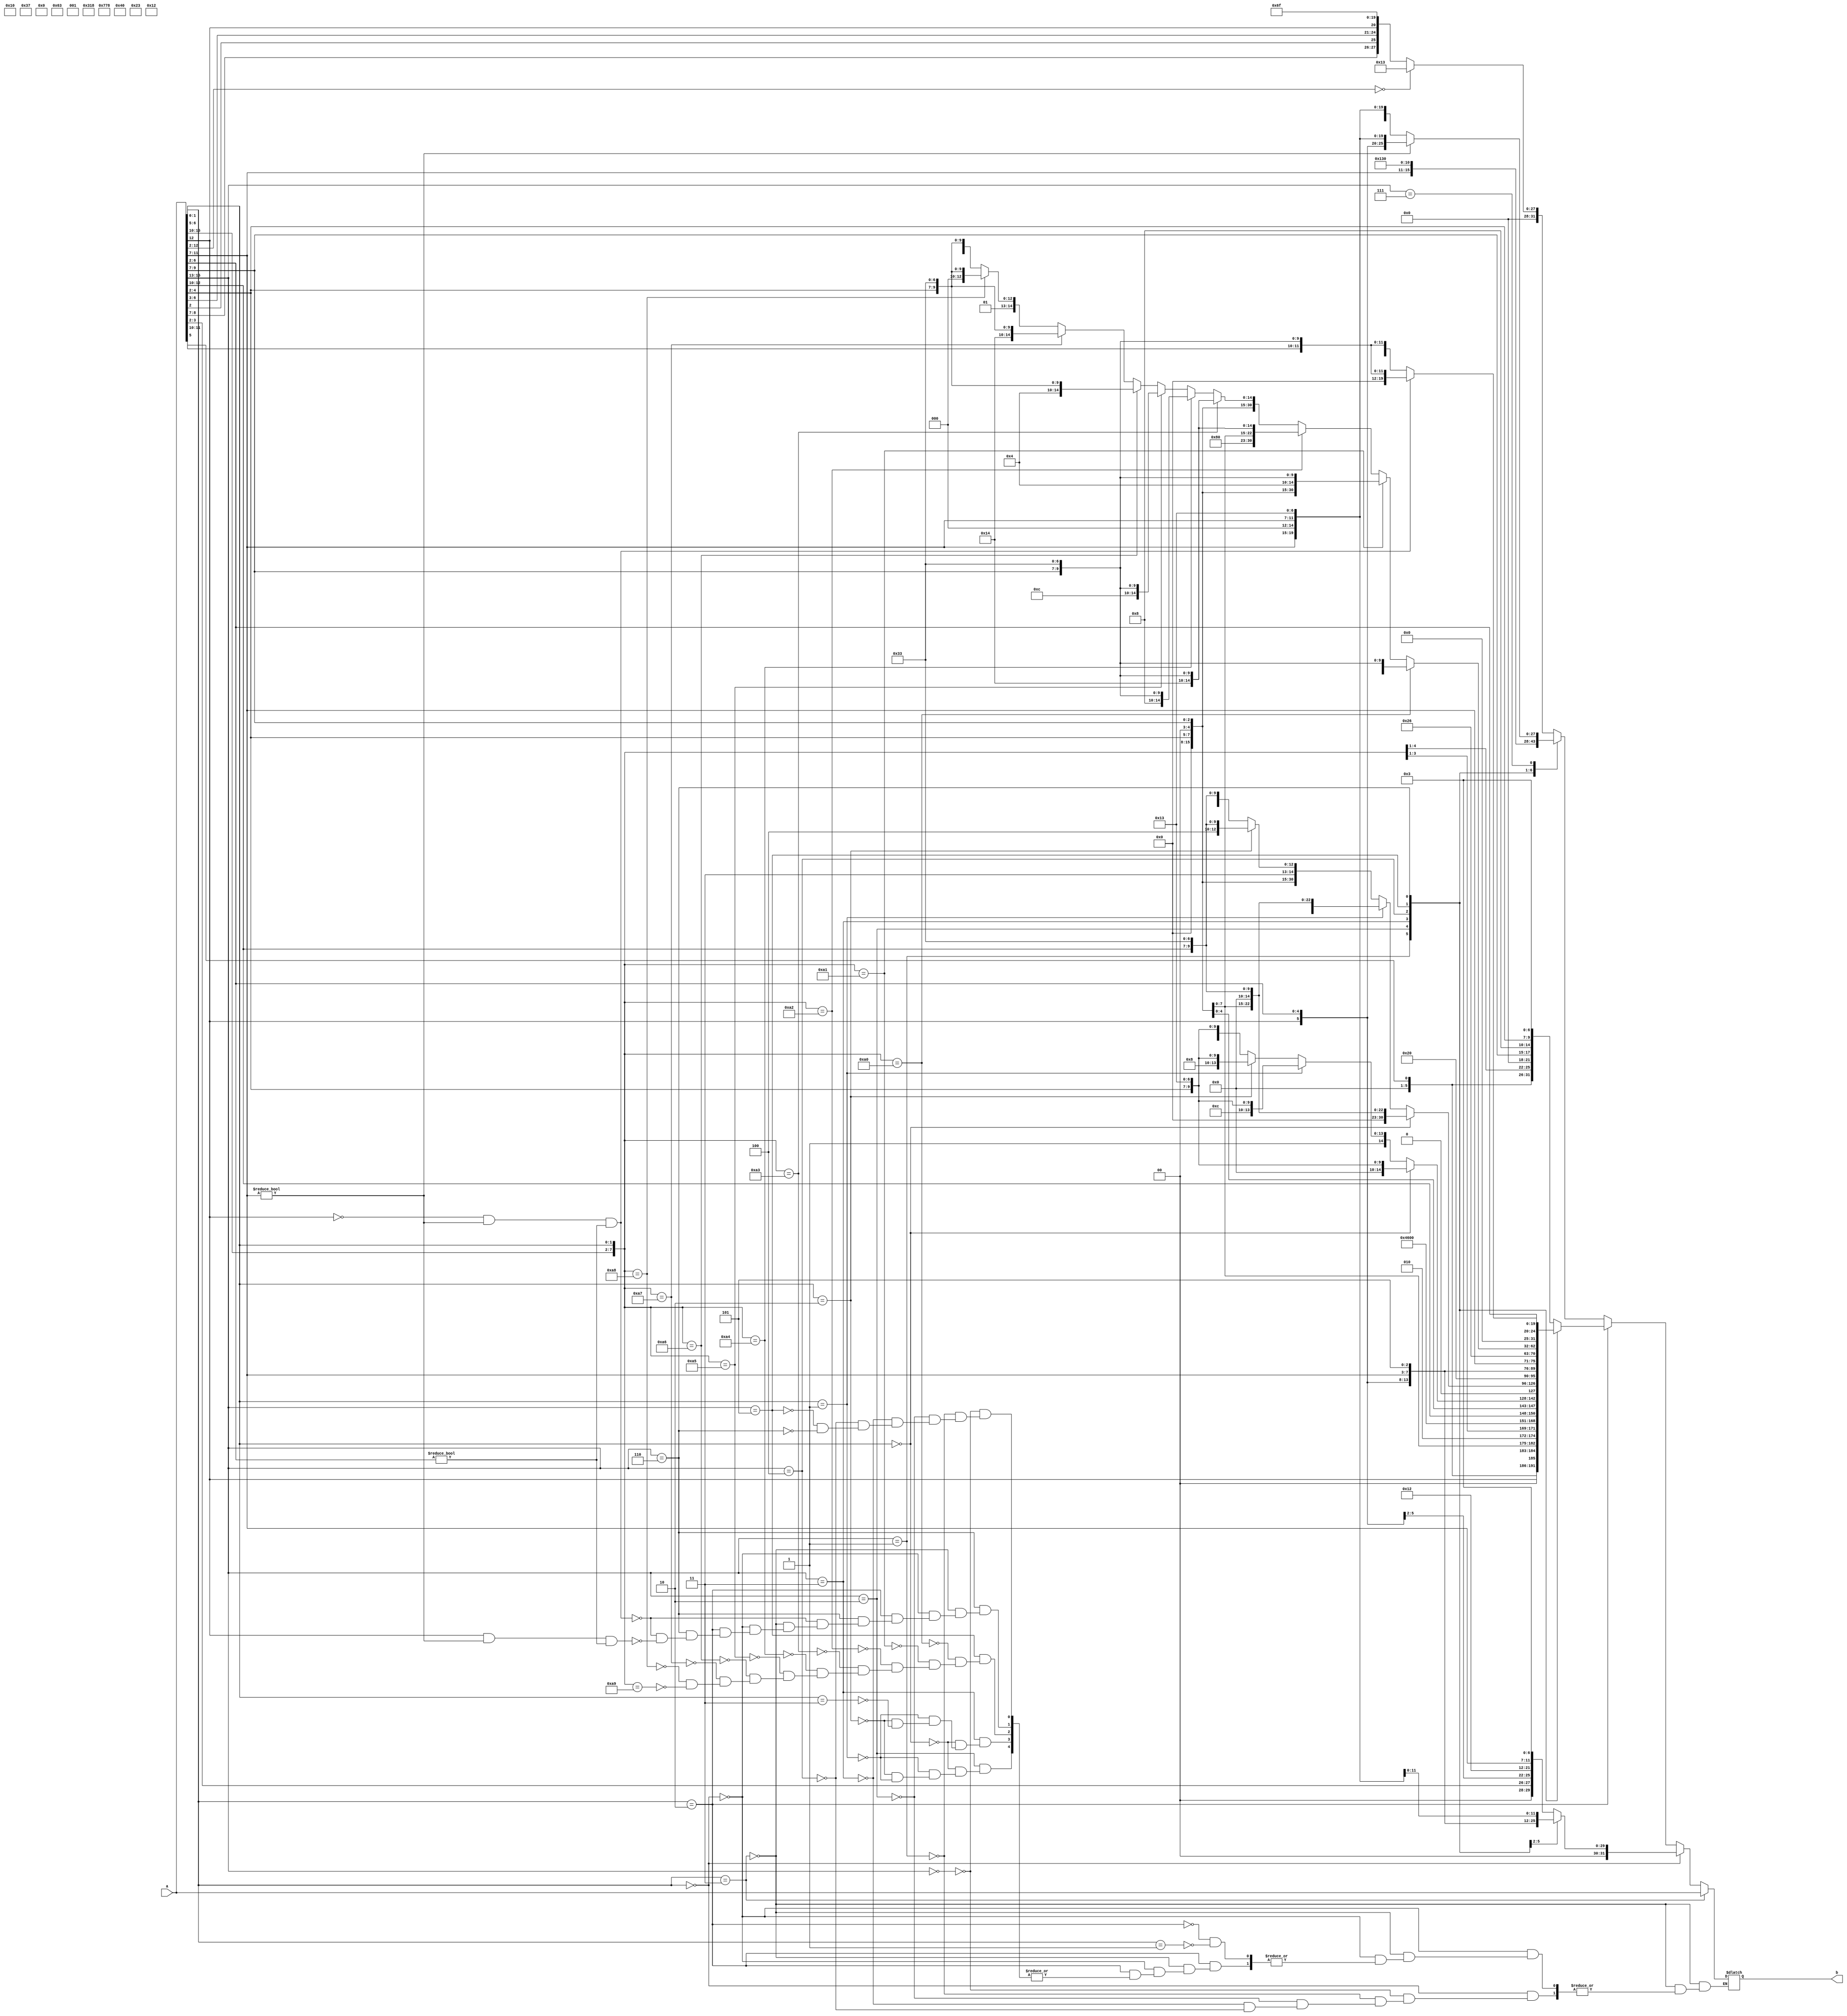

module decoder ( a , b );
input [31:0] a; 
output [31:0] b ; 
wire [31:0]a ; 
reg [31:0]b ; 

always @( a ) 
begin 
if ( a[1:0] == 2'b11 ) 
     b <= a ; 
 
 else    if ( a[1:0]==2'b00)
         
        case (a[15:13]) 
                             // [         imm[11:0]         ]     [rs1] [funct3][ rd  ] [ opcode ]
            3'b000 : b[31:0]<= {4'd0,a[3:2],a[12],a[6:4],2'd0 ,5'b00010 ,3'b010,a[11:7], 7'b0000011}       ; // C.LWSP -> lw rd, offset[7:2](x2)
                             // [  imm[11:5]    ] [rs2] [   rs1  ][funct3][ imm[4:0]  ] [ opcode ]
            3'b001 : b[31:0]<= {4'd0,a[8:7],a[12],a[6:2],5'b00010 ,3'b010,a[11:9],2'd0, 7'b0100011}  ; // C.SWSP -> sw rs2, offset[7:2](x2)
                             // [             imm[11:0]             ][ rs1  ] [funct3] [   rd    ]  [ opcode ]
            3'b010 : b[31:0]<= {4'd0,a[10:7],a[12:11],a[5],a[6],2'b0,5'b00010 ,3'b000,2'b0,a[4:2], 7'b0010011}   ; // C.ADDI4SPN -> addi rd0, x2, zimm[9:2]
                             // [   imm[11:0]   ] [ rs1 ][funct3][ rd ]  [ opcode ]
            3'b011 : b[31:0]<= {6'd0,a[12],a[6:2],a[11:7],3'b001,a[11:7], 7'b0010011}   ; // C.SLLI ->  slli rd, rd, shamt[5:0]
                             // [   0000000 shamt      ][ rs1  ][funct3][  rd ] [ opcode ]
            3'b100 : b[31:0]<= {7'd0,a[12],a[6:2]      ,a[11:7] ,3'b101,a[11:7], 7'b0010011}       ; // 
       
            endcase
        
 else if( a[1:0]==2'b10) 
           
        case (a[15:13])
                             // [         imm[11:0]         ] [    rs1     ][funct3][     rd    ] [ opcode ]
            3'b000 : b[31:0]<= {5'd0,a[5],a[12:10],a[6],2'd0   ,2'b00,a[9:7],3'b010,2'b00,a[4:2], 7'b0000011}       ; // C.LW -> lw rd0, offset[6:2](rs10)
                             // [   imm[11:5]        ][    rs2     ][   rs1   ][funct3][     imm[4:0]    ][ opcode ]
            3'b001 : b[31:0]<= {5'd0,a[5],a[12]        ,2'd0,a[4:2],2'd0,a[9:7],3'b010,a[11:10],a[6],2'b0,7'b0100011}  ; // C.SW -> sw rs20, offset[6:2](rs10)                  
            3'b010 : begin 
                     if (a[6:5]==2'b00)
                            // [  imm[11:]   ][   rs1   ][funct3][   rd    ][ opcode ]
                     b[31:0]<= {9'd0,a[12:10],2'd0,a[9:7],3'b000,2'b0,a[4:2], 7'b0010011}   ; // C.ADDIN -> addi rd0, rs10, nzimm[2:0]
                     else if (a[6:5]==2'b01)
                            // [  imm[11:]   ][   rs1   ][funct3][   rd    ][ opcode ]
                     b[31:0]<= {9'd0,a[12:10],2'd0,a[9:7],3'b111,2'b0,a[4:2], 7'b0010011}   ; // C.ANDIN -> andi rd0, rs10, nzimm[2:0]
                     else if (a[6:5]==2'b10)
                            // [  imm[11:]   ][   rs1   ][funct3][   rd    ][ opcode ]
                     b[31:0]<= {9'd0,a[12:10],2'd0,a[9:7],3'b110,2'b0,a[4:2], 7'b0010011}   ; // C.ORIN -> ori rd0, rs10, nzimm[2:0]
                     else if (a[6:5]==2'b01)
                            // [  imm[11:]   ][   rs1   ][funct3][   rd    ][ opcode ]
                     b[31:0]<= {9'd0,a[12:10],2'd0,a[9:7],3'b100,2'b0,a[4:2], 7'b0010011}   ; // C.XORIN -> xori rd0, rs10, nzimm[2:0]
                     
                    end 
            3'b011:  begin
                     if (a[6:5]==2'b00)
                            //  [  funct7 ][   rs2   ][    rs1   ][funct3][   rd      ][ opcode ]
                     b[31:0]<= {7'd0      ,2'd0,a[4:2],2'd0,a[9:7],3'b000,2'b0,a[12:10], 7'b0110011}   ; // C.ADD3 -> add rd0, rs10, rs20
                     else if (a[6:5]==2'b01)
                            // [  funct7  ][   rs2   ][    rs1   ][funct3][   rd      ][ opcode ]
                     b[31:0]<= {7'b0100000,2'd0,a[4:2],2'd0,a[9:7],3'b000,2'b0,a[12:10], 7'b0110011}   ; // C.SUB3 -> sub rd0, rs10, rs20
                     else if (a[6:5]==2'b10)
                            // [  funct7  ][   rs2   ][    rs1   ][funct3][   rd      ][ opcode ]
                     b[31:0]<= {7'd0      ,2'd0,a[4:2],2'd0,a[9:7],3'b111,2'b0,a[12:10], 7'b0110011}   ; // C.AND3 -> and rd0, rs10, rs20
                     else if (a[6:5]==2'b11)
                            // [  funct7  ][   rs2   ][    rs1   ][funct3][   rd      ][ opcode ]
                     b[31:0]<= {7'd0      ,2'd0,a[4:2],2'd0,a[9:7],3'b110,2'b0,a[12:10], 7'b0110011}   ; // C.OR3 -> or rd0, rs10, rs20
                     
                    end  
                     // [   0000000 shamt      ][ rs1  ][funct3][  rd ] [ opcode ]
            3'b100 : b[31:0]<= {2'b01,5'd0,a[12],a[6:2],a[11:7] ,3'b101,a[11:7], 7'b0010011}       ; // C.CSRAI -> srai rd, rd, shamt[5:0]      
            3'b101 : begin
                                                    //[7'd0000  ][  rs2  ][    rs1   ]  [funct3] [  rd   ][  opcode  ]
            if({a[15:10],a[6:5]}==8'b10100000)         b[31:0]<= {7'd0      ,2'd0,a[4:2],2'd0,a[9:7],3'b100,2'd0,a[9:7], 7'b0110011}  ; // C.XOR -> xor rd0, rd0, rs20
            else  if({a[15:10],a[6:5]}==8'b10100001)   b[31:0]<= {7'd0      ,2'd0,a[4:2],2'd0,a[9:7],3'b001,2'd0,a[9:7], 7'b0110011}  ; // C.SLL -> sll rd0, rd0, rs20
            else  if({a[15:10],a[6:5]}==8'b10100010)   b[31:0]<= {2'b01,5'd0,2'd0,a[4:2],2'd0,a[9:7],3'b101,2'd0,a[9:7], 7'b0110011}  ; // C.SRL -> srl rd0, rd0, rs20
            else  if({a[15:10],a[6:5]}==8'b10100011)   b[31:0]<= {7'd0      ,2'd0,a[4:2],2'd0,a[9:7],3'b101,2'd0,a[9:7], 7'b0110011}  ; // C.SRA -> sra rd0, rd0, rs20
            else  if({a[15:10],a[6:5]}==8'b10100100)   b[31:0]<= {7'd0      ,2'd0,a[4:2],2'd0,a[9:7],3'b010,2'd0,a[9:7], 7'b0110011}  ; // C.SLT -> slt rd0, rd0, rs20
            else  if({a[15:10],a[6:5]}==8'b10100101)   b[31:0]<= {7'd0      ,2'd0,a[4:2],2'd0,a[9:7],3'b011,2'd0,a[9:7], 7'b0110011}  ; // C.SLTU -> sltu rd0, rd0, rs20
                                                                 //[7'd0000  ][  rs2  ][    rs1   ]  [funct3] [  rd   ][  opcode  ]
            else  if({a[15:10],a[6:5]}==8'b10100110)   b[31:0]<= {7'd0      ,2'd0,a[4:2],2'd0,a[9:7],3'b001,2'd0,a[4:2], 7'b0110011}  ; // C.SLLR -> sll rd0, rs10, rd0
            else  if({a[15:10],a[6:5]}==8'b10100111)   b[31:0]<= {7'd0      ,2'd0,a[4:2],2'd0,a[9:7],3'b101,2'd0,a[4:2], 7'b0110011}  ; // C.SRLR -> srl rd0, rs10, rd0
            else  if({a[15:10],a[6:5]}==8'b10101000)   b[31:0]<= {7'd0      ,2'd0,a[4:2],2'd0,a[9:7],3'b010,2'd0,a[4:2], 7'b0110011}  ; // C.SLTR -> slt rd0, rs10, rd0
            else  if({a[15:10],a[6:5]}==8'b10101001)   b[31:0]<= {7'd0      ,2'd0,a[4:2],2'd0,a[9:7],3'b011,2'd0,a[4:2], 7'b0110011}  ; // C.SLTUR -> sltu rd0, rs10, rd0
            
                     end 
                      //c.mv --> add rd,x0,rs2  rs2#0
            3'b110 : if(a[12]==1'b0 && a[11:7]!=5'b0 && a[6:2]!=5'h0)
                     b[31:0]={7'b0,a[6:2],5'h0,3'b000,a[11:7],7'b0110011};
     
                      //c.add --> ADD rd,rd,rs2, rs2#0
                    else if(a[12]==1'b1 && a[11:7]!=5'b0 && a[6:2]!=5'h0) 
                     b[31:0]={7'b0,a[6:2],a[11:7],3'b000,a[11:7],7'b0110011};
            endcase 
 else if( a[1:0]==2'b01)
         
        case (a[15:13]) 
                             // [       imm[20|10:0|11|19:12]      ] [  rd   ] [ opcode ]
            3'b000 : if (a[12:2]==11'b0)
                     b[31:0]<={25'b0,7'b0010011};            // nop if nzim=0, rd=0 nop==addi xo,xo,0
                     else
                     b[31:0]<= {3'd0,a[8:7],a[2],a[6:3],a[12],8'd0 ,5'b00000, 7'b1101111}       ; // C.J -> jal x0, offset[11:1]
            3'b001 : b[31:0]<= {3'd0,a[8:7],a[2],a[6:3],a[12],8'd0 ,5'b00001, 7'b1101111}       ; // C.JAL -> jal x1, offset[11:1]
                             // [     imm[12|10:5|  ][rs2] [     rs1    ][funct3][ imm4:1|11] [ opcode ]
            3'b010 : b[31:0]<= {3'd0,a[12:10],a[2]  ,5'd0 ,2'b00,a[9:7] ,3'b000,a[6:3],1'b0, 7'b1100011}       ; // C.BEQZ ->beq rs10, x0, offset[8:1]
            3'b011 : b[31:0]<= {3'd0,a[12:10],a[2]  ,5'd0 ,2'b00,a[9:7] ,3'b001,a[6:3],1'b0, 7'b1100011}       ; // C.BNEZ ->bne rs10, x0, offset[8:1]
                             // [     imm[11:0|] [  rs  ][funct3][  rd ] [ opcode ]
            3'b100 : b[31:0]<= {{6{a[12]}},a[12],a[6:2] ,5'd0 ,3'b000,a[11:7], 7'b0010011}       ; // C.LI -> addi rd, x0, nzimm[5:0]
                             // [       imm[31:12]     ] [  rd ] [ opcode ]
            3'b101 : b[31:0]<= {{14{a[12]}},a[12],a[6:0],12'd0, a[11:7], 7'b0110111}       ; // C.LUI -> lui rd, nzimm[17:12]
                             // [         imm[11:0|    ] [  rs  ][funct3][  rd ] [ opcode ]
            3'b110 : b[31:0]<= {{6{a[12]}},a[12],a[6:2] ,a[11:7],3'b000,a[11:7], 7'b0010011}       ; // C.ADDI -> addi rd, rd, nzimm[5:0]
            3'b111 : if ( a[11:7]!=5'd0)
                     b[31:0]<= {    {6'd0},a[12],a[6:2] ,a[11:7],3'b000,a[11:7], 7'b0010011}       ; // C.ADDIW -> addiw rd, rd, imm[5:0]
                     else
                     b[31:0]<= {{2{a[12]}},a[12],a[4:2],a[5],a[6],a[11:7],3'b000,a[11:7],7'b0010011}       ; // C.ADDI16SP ->  addi x2, x2, nzimm[9:4]
                             //[imm[12|10:5]][  rs2  ][    rs1   ][funct3][imm[4:1][11]][ opcode ]
            /*3'b101 : b[31:0]<= {6'd0,a[2]   ,5'b00000,2'b00,a[9:7],3'b100 ,a[6:3],1'b0, 7'b1100011}       ; // C.BLTZ -> blt rs10, x0, offset[8:1]
            3'b110 : b[31:0]<= {6'd0,a[2]   ,5'b00000,2'b00,a[9:7],3'b101 ,a[6:3],1'b0, 7'b1100011}       ; // C.BGEZ -> bge rs10, x0, offset[8:1]
                             // [      imm[11:0]      ][ rs1  ][funct3][  rd  ] [ opcode ]
            3'b111 : b[31:0]<= {6'd0,a[12],a[6:2],a[11:7] ,3'b000,a[11:7], 7'b0010011}   ; // C.ANDI -> andi rd, rd, nzimm[5:0]
                            
*/

            endcase     
  /*else if( a[1:0]==2'b11)
        case (a[15:13])
                             //[imm[12|10:5]][  rs2  ][    rs1   ][funct3][imm[4:1][11]][ opcode ]
            3'b000 : b[31:0]<= {6'd0,a[2]   ,5'b00000,2'b00,a[9:7],3'b100 ,a[6:3],1'b0, 7'b1100011}       ; // C.BLTZ -> blt rs10, x0, offset[8:1]
            3'b001 : b[31:0]<= {6'd0,a[2]   ,5'b00000,2'b00,a[9:7],3'b101 ,a[6:3],1'b0, 7'b1100011}       ; // C.BGEZ -> bge rs10, x0, offset[8:1]
                             // [      imm[11:0]      ][ rs1  ][funct3][  rd  ] [ opcode ]
            3'b010 : b[31:0]<= {6'd0,a[12:10],a[12],a[11:7] ,3'b000,a[11:7], 7'b0010011}   ; // C.ANDI -> andi rd, rd, nzimm[5:0]
                             // [   0000000 shamt      ][ rs1  ][funct3][  rd ] [ opcode ]
            3'b011 : b[31:0]<= {7'd0,1'd0,a[6:2]       ,a[11:7] ,3'b001,a[11:7], 7'b0010011}       ; // C.CSLLIW -> slliw rd, rd, shamt[4:0]
            3'b100 : b[31:0]<= {7'd0,a[12],a[6:2]      ,a[11:7] ,3'b101,a[11:7], 7'b0010011}       ; // C.CSRLI -> srli rd, rd, shamt[5:0]
            3'b101 : b[31:0]<= {2'b01,5'd0,a[12],a[6:2],a[11:7] ,3'b101,a[11:7], 7'b0010011}       ; // C.CSRAI -> srai rd, rd, shamt[5:0]
            3'b110 : begin                                   
                                                    //[7'd0000  ][  rs2  ][    rs1   ]  [funct3] [  rd   ][  opcode  ]
            if({a[15:10],a[6:5]}==8'b10100000)         b[31:0]<= {7'd0      ,2'd0,a[4:2],2'd0,a[9:7],3'b100,2'd0,a[9:7], 7'b0110011}  ; // C.XOR -> xor rd0, rd0, rs20
            else  if({a[15:10],a[6:5]}==8'b10100001)   b[31:0]<= {7'd0      ,2'd0,a[4:2],2'd0,a[9:7],3'b001,2'd0,a[9:7], 7'b0110011}  ; // C.SLL -> sll rd0, rd0, rs20
            else  if({a[15:10],a[6:5]}==8'b10100010)   b[31:0]<= {2'b01,5'd0,2'd0,a[4:2],2'd0,a[9:7],3'b101,2'd0,a[9:7], 7'b0110011}  ; // C.SRL -> srl rd0, rd0, rs20
            else  if({a[15:10],a[6:5]}==8'b10100011)   b[31:0]<= {7'd0      ,2'd0,a[4:2],2'd0,a[9:7],3'b101,2'd0,a[9:7], 7'b0110011}  ; // C.SRA -> sra rd0, rd0, rs20
            else  if({a[15:10],a[6:5]}==8'b10100100)   b[31:0]<= {7'd0      ,2'd0,a[4:2],2'd0,a[9:7],3'b010,2'd0,a[9:7], 7'b0110011}  ; // C.SLT -> slt rd0, rd0, rs20
            else  if({a[15:10],a[6:5]}==8'b10100101)   b[31:0]<= {7'd0      ,2'd0,a[4:2],2'd0,a[9:7],3'b011,2'd0,a[9:7], 7'b0110011}  ; // C.SLTU -> sltu rd0, rd0, rs20
                                                                 //[7'd0000  ][  rs2  ][    rs1   ]  [funct3] [  rd   ][  opcode  ]
            else  if({a[15:10],a[6:5]}==8'b10100111)   b[31:0]<= {7'd0      ,2'd0,a[4:2],2'd0,a[9:7],3'b001,2'd0,a[4:2], 7'b0110011}  ; // C.SLLR -> sll rd0, rs10, rd0
            else  if({a[15:10],a[6:5]}==8'b10101000)   b[31:0]<= {7'd0      ,2'd0,a[4:2],2'd0,a[9:7],3'b101,2'd0,a[4:2], 7'b0110011}  ; // C.SRLR -> srl rd0, rs10, rd0
            else  if({a[15:10],a[6:5]}==8'b10101001)   b[31:0]<= {7'd0      ,2'd0,a[4:2],2'd0,a[9:7],3'b010,2'd0,a[4:2], 7'b0110011}  ; // C.SLTR -> slt rd0, rs10, rd0
            else  if({a[15:10],a[6:5]}==8'b10101010)   b[31:0]<= {7'd0      ,2'd0,a[4:2],2'd0,a[9:7],3'b011,2'd0,a[4:2], 7'b0110011}  ; // C.SLTUR -> sltu rd0, rs10, rd0
                     end 
       endcase */
end

endmodule
module t_decoder;
  reg [31:0]a;
  wire [31:0]b;
  decoder t(a,b);
  initial begin
     #0 a=32'b0000_0000_0000_0000_0000_1010_0011_0101;
    #10 a=32'b0000_0000_0000_0000_0110_1010_0001_0100;
    #10 a=32'b0000_0000_0000_0000_0110_1010_0110_1111;
    /*#10 in=32'b0000_0000_0000_0000_0110_1010_0110_0111;
    #10 in=32'b0000_0000_0000_0000_0110_1010_0110_0011;
    #10 in=32'b0000_0000_0000_0000_0110_1010_0000_0011;
    #10 in=32'b0000_0000_0000_0000_0110_1010_0010_0011;
    #10 in=32'b0000_0000_0000_0000_0110_1010_0001_0011;*/
  end
endmodule